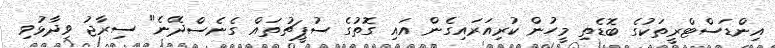
އިންޑަސްޓްރީތަކުގެ ބޮޑެތި މީހުން ކުރިއަރައިގެން އައި ގޮތުގެ ސުޕީޗުތައް ގެނެސްދޭނެ" ސިރާޖު ވިދާޅުވި